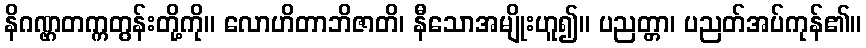
နိဂဏ္ဌတက္ကတွန်းတို့ကို။ လောဟိတာဘိဇာတိ၊ နီသောအမျိုးဟူ၍။ ပညတ္တာ၊ ပညတ်အပ်ကုန်၏။